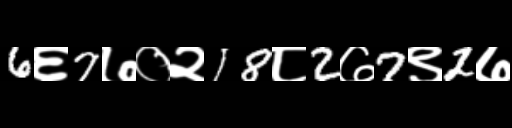
Text: 6६7७०२18८2७7९2७